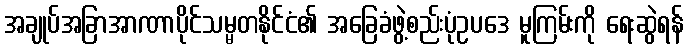
အချုပ်အခြာအာဏာပိုင်သမ္မတနိုင်ငံ၏ အခြေခံဖွဲ့စည်းပုံဥပဒေ မူကြမ်းကို ရေးဆွဲရန်